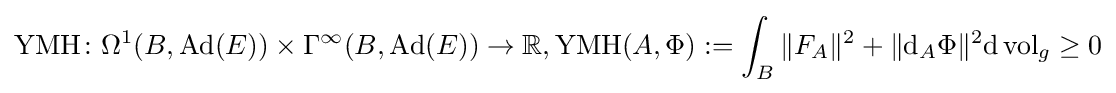
\operatorname {YMH} \colon \Omega ^{1}(B,\operatorname {Ad} (E))\times \Gamma ^{\infty }(B,\operatorname {Ad} (E))\rightarrow \mathbb {R} ,\operatorname {YMH} (A,\Phi ):=\int _{B}\|F_{A}\|^{2}+\|\mathrm {d} _{A}\Phi \|^{2}\mathrm {d} \operatorname {vol} _{g}\geq 0